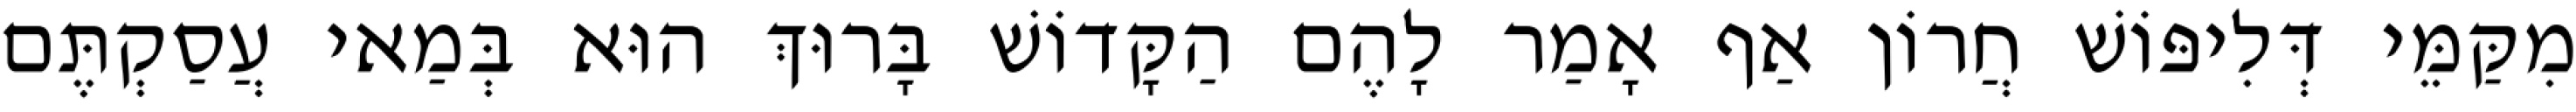
מִקַּמֵּי דְּלִיפּוֹשׁ חֲרוֹן אַף אָמַר לָהֶם הַקָּדוֹשׁ בָּרוּךְ הוּא בְּמַאי עֲסַקְתֶּם